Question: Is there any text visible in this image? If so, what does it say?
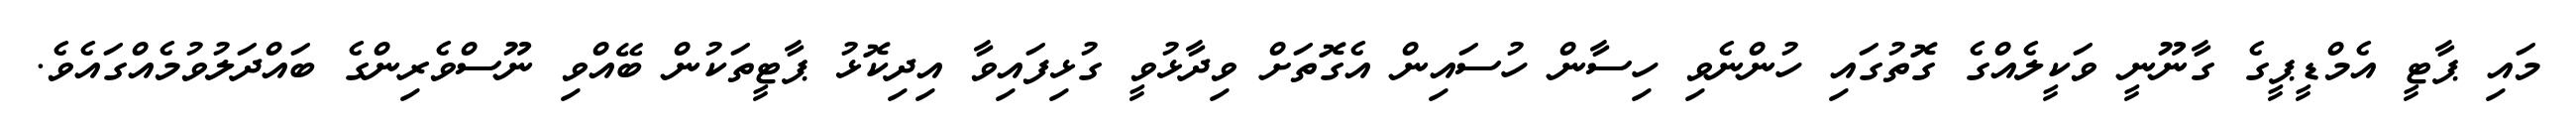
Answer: މައި ޕާޓީ އެމްޑީޕީގެ ގާނޫނީ ވަކީލެއްގެ ގޮތުގައި ހުންނެވި ހިސާން ހުސައިން އެގޮތަށް ވިދާޅުވީ ގުޅިފައިވާ އިދިކޮޅު ޕާޓީތަކުން ބޭއްވި ނޫސްވެރިންގެ ބައްދަލުވުމެއްގައެވެ.